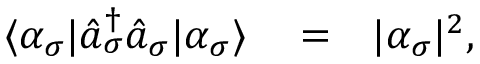
\begin{array} { r l r } { \langle \alpha _ { \sigma } | \hat { a } _ { \sigma } ^ { \dagger } \hat { a } _ { \sigma } | \alpha _ { \sigma } \rangle } & { { } = } & { | \alpha _ { \sigma } | ^ { 2 } , } \end{array}